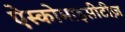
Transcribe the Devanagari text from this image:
ऐस्कोमाइसीटीज़